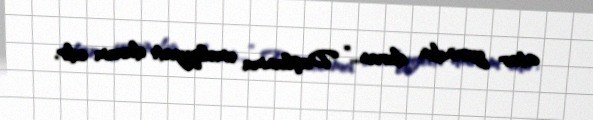
atar yerindən duran...” Daşlanma əməliyyatı davam edir.